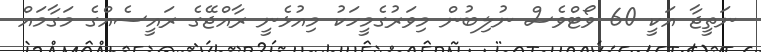
ނަތީޖާ އަކީ 60 ވޯޓްވެސް ނުލިބުން މިވަރުގެމީހަކު މިއުޅެނީ ރާއްޖޭގެ ރައީސެއްގެ މަގާމައް